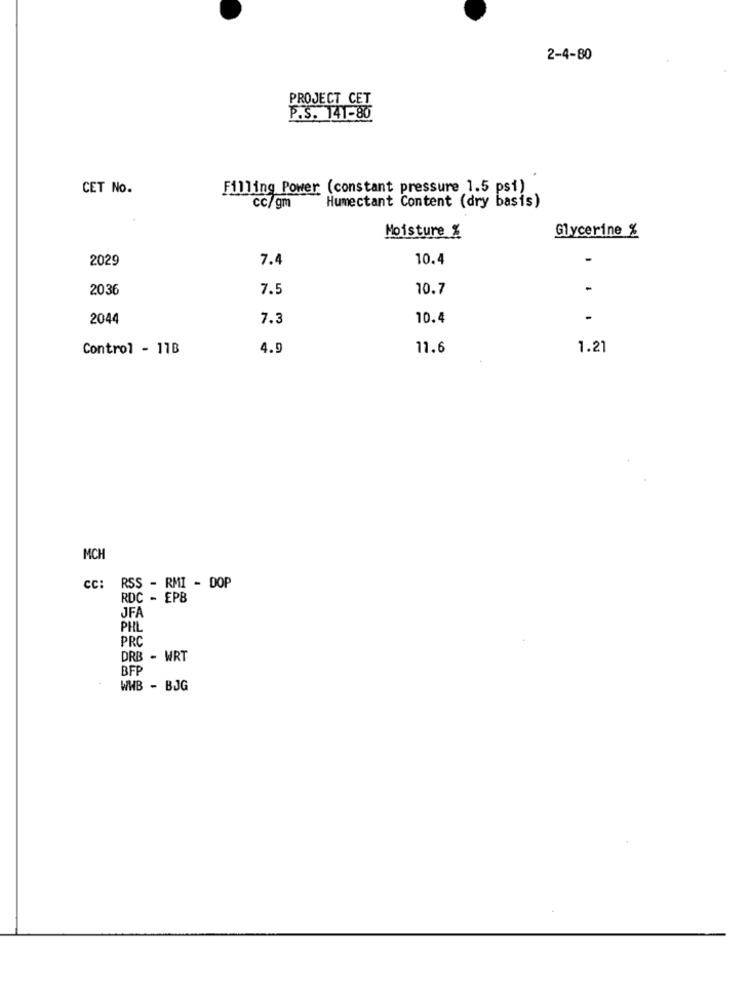
2-4-80
PROJECT CET
P.S. 141-80
CET No.
Filling Power (constant pressure 1.5 psi),
cc/gm
Humectant Content (dry basis)
Moisture %
Glycerine %
2029
7.4
10.4
2036
7.5
10.7
2044
7.3
10.4
Control - 11B
4.9
11.6
1.21
MCH
cc: RSS - RMI - DOP
RDC - EPB
JFA
PHL
PRC
DRB - WRT
BFP
WHB - BJG